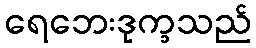
ရေဘေးဒုက္ခသည်